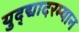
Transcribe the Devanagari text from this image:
युद्द्यादरम्यान